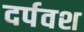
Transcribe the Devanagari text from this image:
दर्पवश